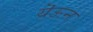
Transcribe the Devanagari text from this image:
यॆऊन